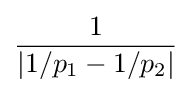
{\frac {1}{|1/p_{1}-1/p_{2}|}}